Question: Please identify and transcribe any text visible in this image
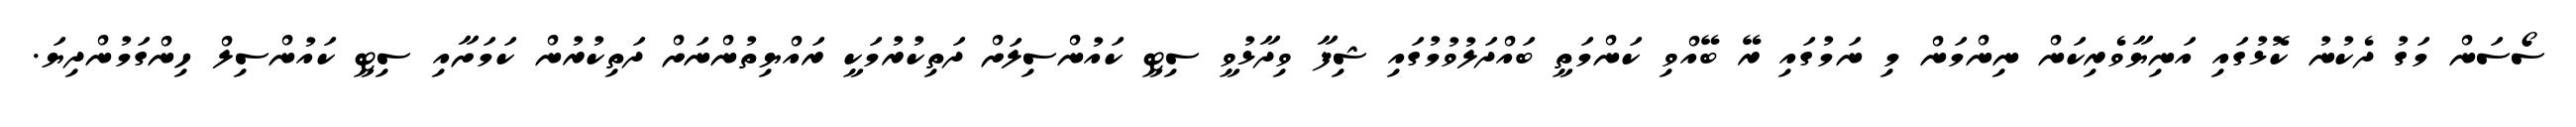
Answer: ސޯސަން މަގު ދެކުނު ކޮޅުގައި އަނިޔާވެރިކަން ނިންމަން މި ނަމުގައި ރޭ ބޭއްވި ކަންމަތީ ބައްދަލުވުމުގައި ޝިފާ ވިދާޅުވީ ސިޓީ ކައުންސިލަށް ދަތިކުރުމަކީ ރައްޔިތުންނަށް ދަތިކުރުން ކަމަށާއި ސިޓީ ކައުންސިލް ހިންގަމުންދިޔަ.